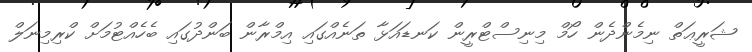
ޝަރީޢަތް ނިމެންދެން ހޯމް މިނިސްޓްރީން ކަނޑައަޅާ ތަނެއްގައި އިމްރާން ބަންދުގައި ބެހެއްޓުމަށް ކްރިމިނަލް